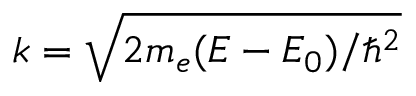
k = \sqrt { 2 m _ { e } ( E - E _ { 0 } ) / \hbar ^ { 2 } }